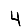
Digit: 4